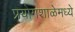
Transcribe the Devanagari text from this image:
प्रयोगशाळेमध्ये